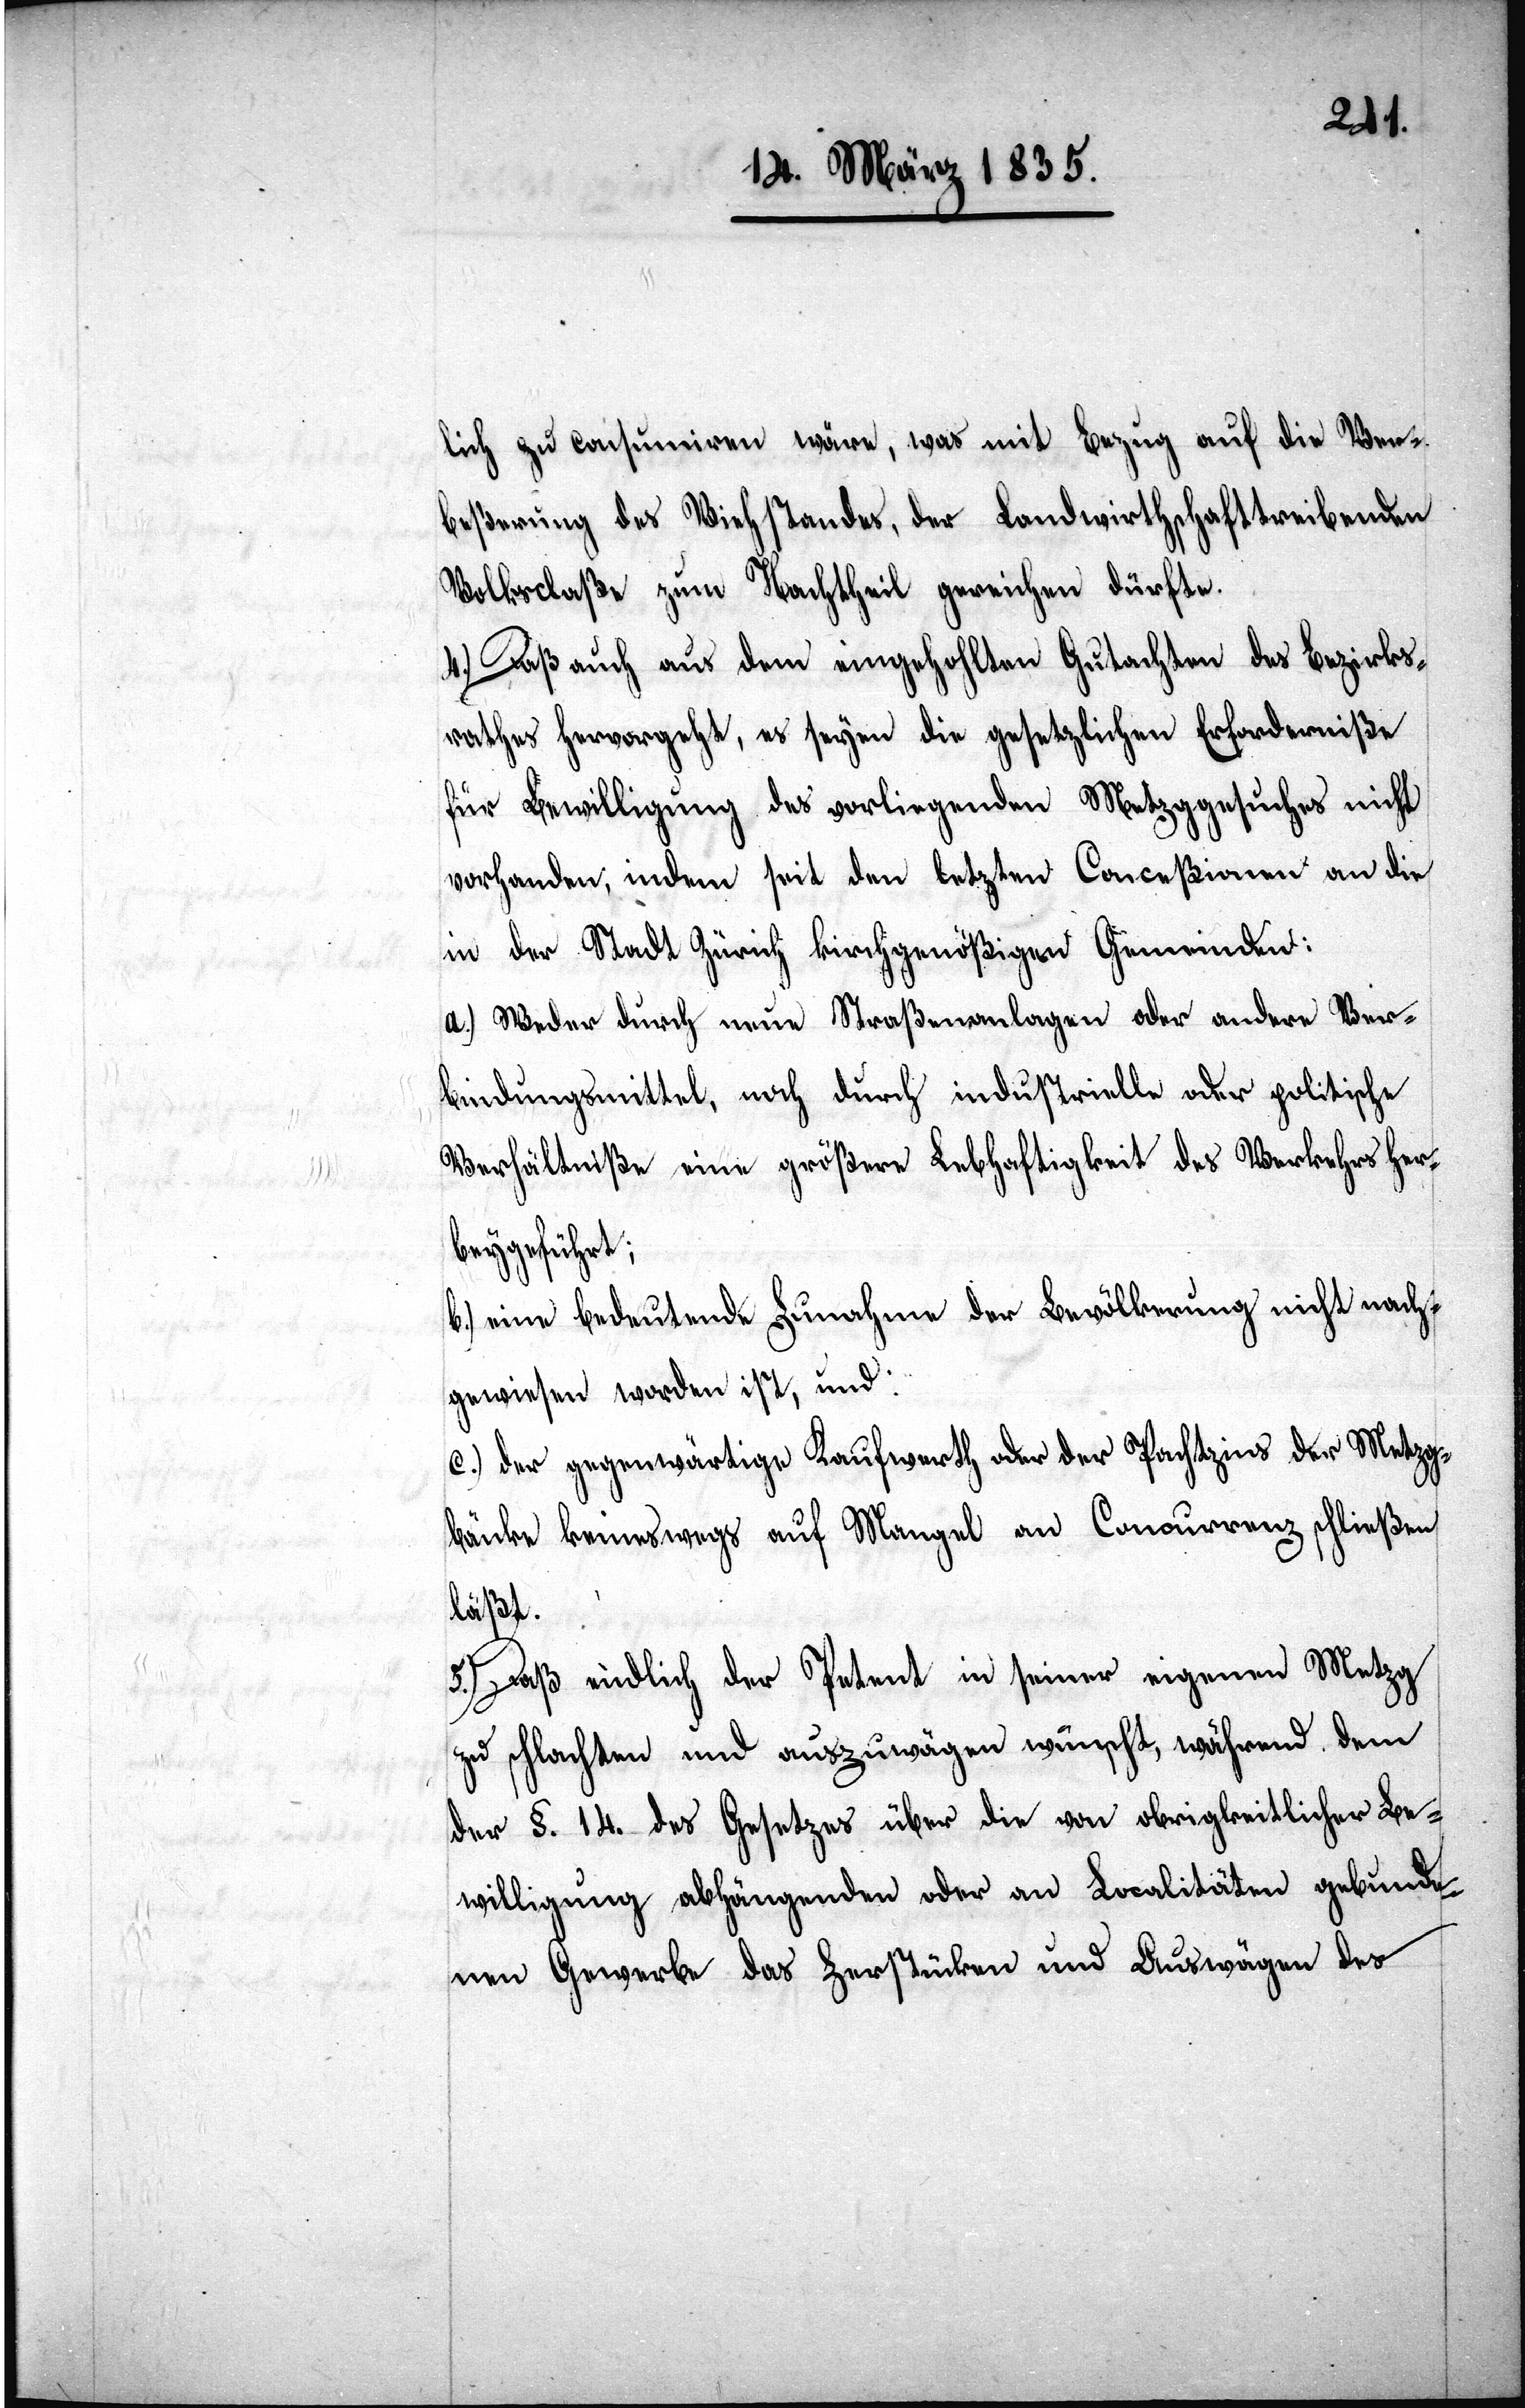
lich zu consumiren wäre, was mit Bezug auf die Ver¬
beßerung des Viehstandes, der Landwirthschafttreibenden
Volksclaße zum Nachtheil gereichen dürfte.
4.) Daß auch aus dem eingehohlten Gutachten des Bezirks¬
rathes hervorgeht, es seyen die gesetzlichen Erforderniße
für Bewilligung des vorliegenden Metzggesuches nicht
vorhanden, indem seit den letzten Conceßionen an die
in der Stadt Zürich kirchgenößigen Gemeinden:
a.) Weder durch neue Straßenanlagen oder andere Ver¬
bindungsmittel, noch durch industrielle oder politische
Verhältniße eine größere Lebhaftigkeit des Verkehrs her¬
beygeführt;
b.) eine bedeutende Zunahme der Bevölkerung nicht nach¬
gewiesen worden ist; und:
Kaufwerth oder der Pachtzins der Metzg¬
c.) der gegenwärtige
bänke keineswegs auf Mangel an Concurrenz schließen
läßt.
5.) Daß endlich der Petent in seiner eigenen Metzg
zu schlachten und auszuwägen wünscht, während dem
der §. 14. des Gesetzes über die von obrigkeitlicher Be¬
willigung abhängenden oder an Localitäten gebunde¬
nen Gewerbe das Zerstücken und Auswägen des